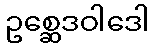
ဥစ္ဆေဒဝါဒေါ